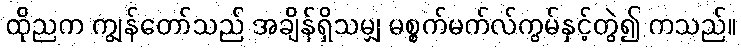
ထိုညက ကျွန်တော်သည် အချိန်ရှိသမျှ မစ္စက်မက်လ်ကွမ်နှင့်တွဲ၍ ကသည်။